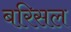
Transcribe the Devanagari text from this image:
बरिसल